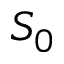
S _ { 0 }